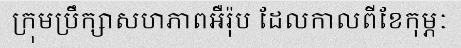
ក្រុមប្រឹក្សាសហភាពអឺរ៉ុប ដែលកាលពីខែកុម្ភៈ